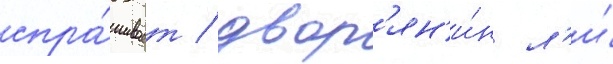
спра́шивает / двор'ян'и́н л'и́